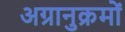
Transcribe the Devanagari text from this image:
अग्रानुक्रमों